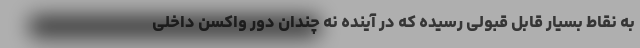
به نقاط بسیار قابل قبولی رسیده که در آینده نه چندان دور واکسن داخلی